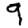
Digit: 9